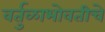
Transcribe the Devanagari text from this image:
वर्तुळाभोवतीचे